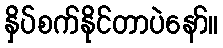
နှိပ်စက်နိုင်တာပဲနော်။